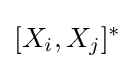
[X_{i},X_{j}]^{*}